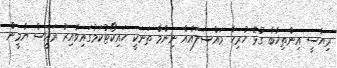
ރިޔާސީ އިންތިޚާބާ ގުޅޭ ހުރިހާ މައްސަލައެއް ނިންމާ ތަނަކީ ހައިކޯޓުކަމުގައިވާއިރު ރައީސް ޔާމީން